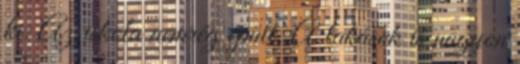
ki. Az iskola nemrég épült. A lakások is nagyon